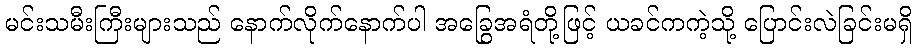
မင်းသမီးကြီးများသည် နောက်လိုက်နောက်ပါ အခြွေအရံတို့ဖြင့် ယခင်ကကဲ့သို့ ပြောင်းလဲခြင်းမရှိ